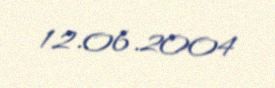
12.06.2004